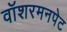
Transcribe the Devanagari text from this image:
वॉशरमनपेट